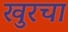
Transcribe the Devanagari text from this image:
खुरचा